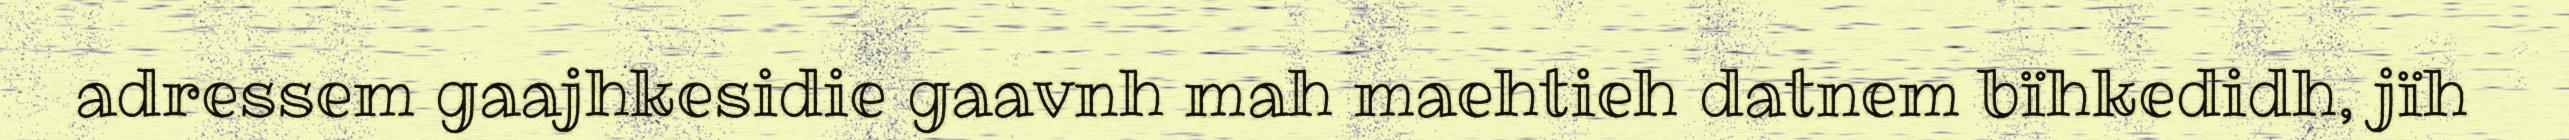
adressem gaajhkesidie gaavnh mah maehtieh datnem bïhkedidh, jïh